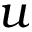
u